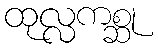
ထုလ္လကစ္ဆု